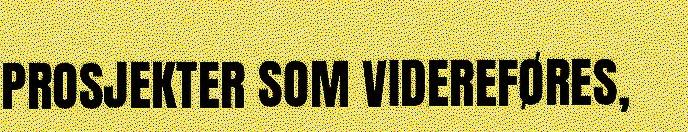
PROSJEKTER SOM VIDEREFØRES,